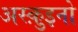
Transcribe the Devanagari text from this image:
अस्क़ुइनो